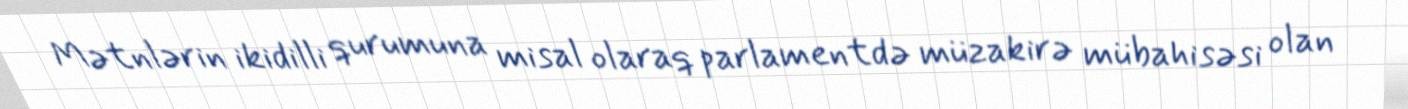
Mətnlərin ikidilli qurumuna misal olaraq parlamentdə müzakirə mübahisəsi olan